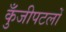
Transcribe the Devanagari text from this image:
कुँजीपटलों